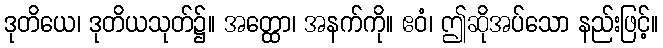
ဒုတိယေ၊ ဒုတိယသုတ်၌။ အတ္ထော၊ အနက်ကို။ ဧဝံ၊ ဤဆိုအပ်သော နည်းဖြင့်။